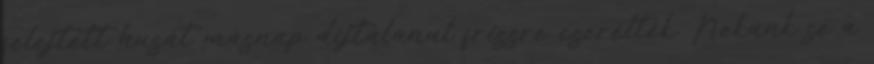
felejtett husát másnap díjtalanul frissre cserélték. Nekünk se a